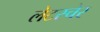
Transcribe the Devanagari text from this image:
लेटस्चेर